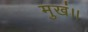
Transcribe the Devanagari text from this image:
मुखं।।